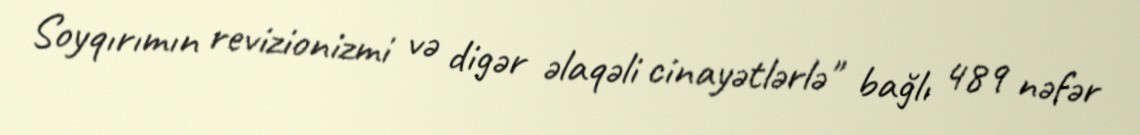
Soyqırımın revizionizmi və digər əlaqəli cinayətlərlə" bağlı 489 nəfər